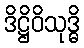
ဒိဋ္ဌိဝိသုဒ္ဓိ